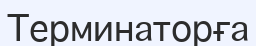
Терминаторға